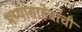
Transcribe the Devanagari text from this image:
भय्यासाहेबांची